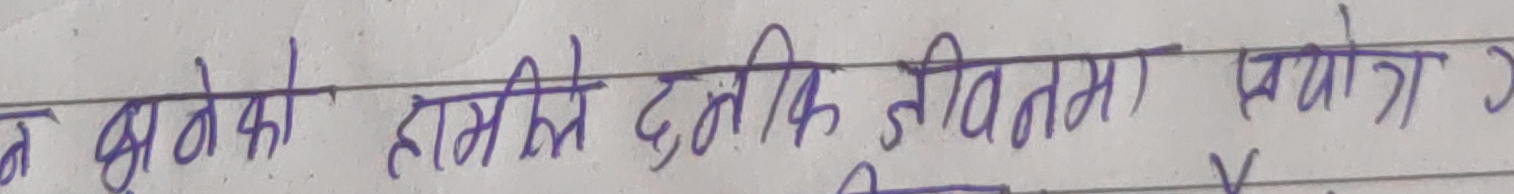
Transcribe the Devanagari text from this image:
न भनेको हामीले दुनिकी जीवितमा प्रयोग